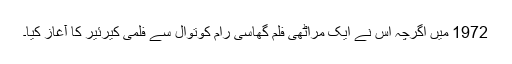
1972 میں اگرچہ اس نے ایک مراٹھی فلم گھاسی رام کوتوال سے فلمی کیرئیر کا آغاز کیا۔